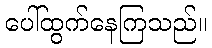
ပေါ်ထွက်နေကြသည်။